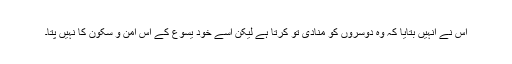
اُس نے اُنہیں بتایا کہ وہ دوسروں کو منادی تو کرتا ہے لیکن اُسے خود یسوع کے اُس امن و سکون کا نہیں پتا۔